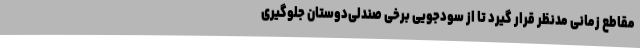
مقاطع زمانی مدنظر قرار گیرد تا از سودجویی برخی صندلی‌دوستان جلوگیری